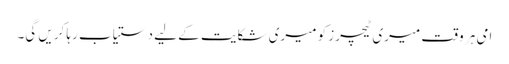
امی ہر وقت میری ٹیچرز کو میری شکایت کے لیے دستیاب رہا کریں گی۔